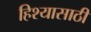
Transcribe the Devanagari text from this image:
हिश्यासाठी